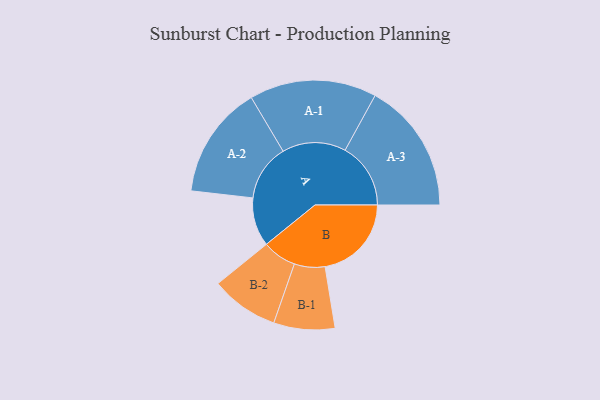
{"axis": {"x": "Segment", "y": "Value"}, "legend": ["", "A", "B"], "data": [{"x": "A", "y": 199, "type": ""}, {"x": "B", "y": 353, "type": ""}, {"x": "A-1", "y": 260, "type": "A"}, {"x": "A-2", "y": 231, "type": "A"}, {"x": "A-3", "y": 268, "type": "A"}, {"x": "B-1", "y": 125, "type": "B"}, {"x": "B-2", "y": 139, "type": "B"}]}